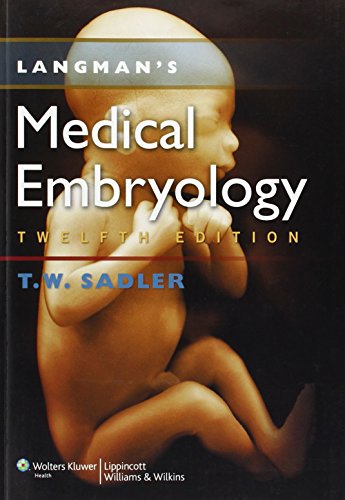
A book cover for Langman's Medical Embryology; Thomas W. Sadler PhD; Medical Books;